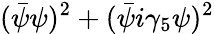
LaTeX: (\bar{\psi}\psi)^{2}+(\bar{\psi}i\gamma_{5}\psi)^{2}